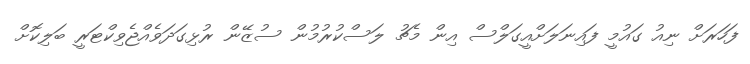
ފަހަރަށް ނިއު ގައުމީ ފައިނަލަށްއީގަލްސް އިން މެޗު ލަސްކުރުމުން ސުޒޭން ރުޅިގަދަވެއްޖެވިކްޓަރީ ބަލިކޮށް